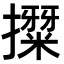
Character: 𭢳